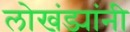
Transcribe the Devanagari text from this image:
लोखंड्यांनी